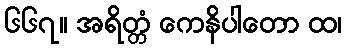
၆၆၇။ အရိတ္တံ ကေနိပါတော ထ၊